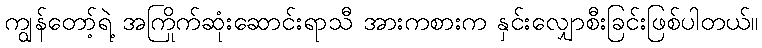
ကျွန်တော့်ရဲ့ အကြိုက်ဆုံးဆောင်းရာသီ အားကစားက နှင်းလျှောစီးခြင်းဖြစ်ပါတယ်။